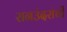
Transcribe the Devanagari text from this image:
रानउंदरांची